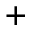
^ { + }